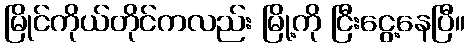
မြိုင်ကိုယ်တိုင်ကလည်း မြို့ကို ငြီးငွေ့နေပြီ။